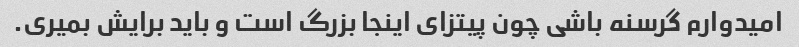
امیدوارم گرسنه باشی چون پیتزای اینجا بزرگ است و باید برایش بمیری.